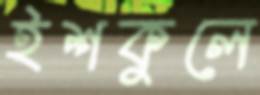
ইশকুলে